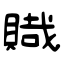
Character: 賳